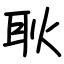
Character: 耿